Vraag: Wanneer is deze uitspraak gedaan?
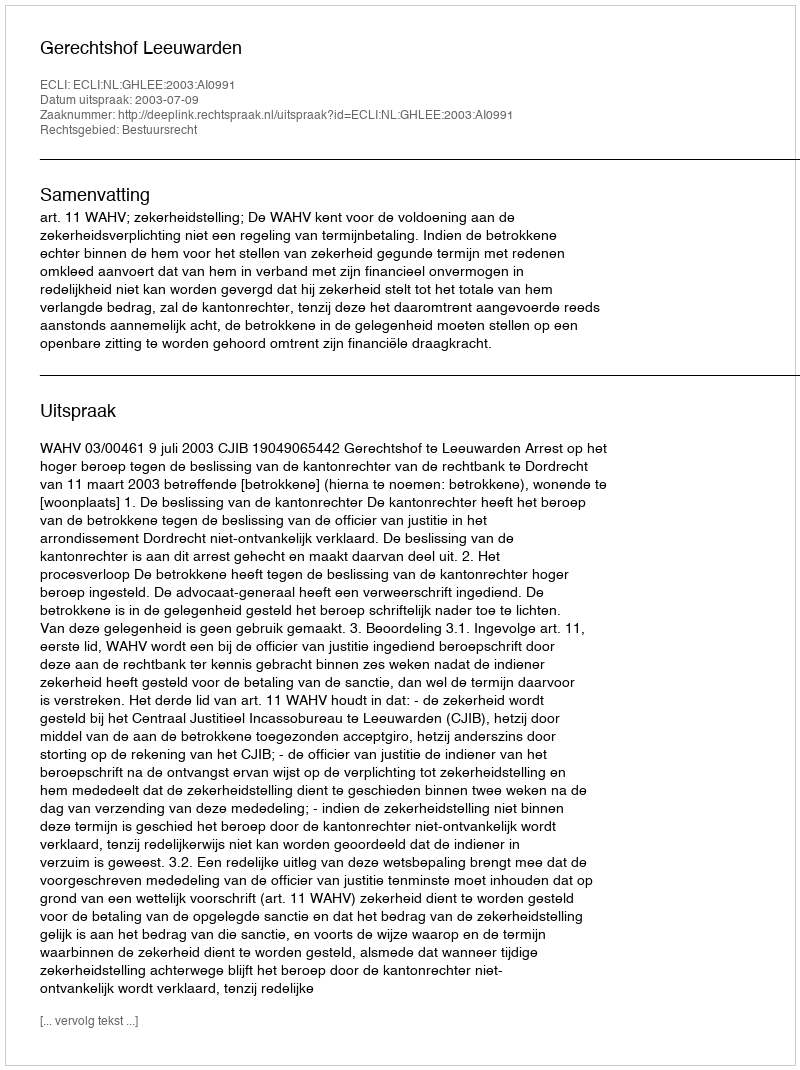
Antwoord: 2003-07-09